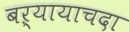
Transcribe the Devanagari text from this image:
बऱ्यायाचदा